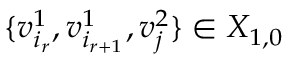
\{ v _ { i _ { r } } ^ { 1 } , v _ { i _ { r + 1 } } ^ { 1 } , v _ { j } ^ { 2 } \} \in X _ { 1 , 0 }